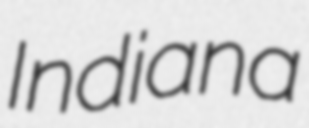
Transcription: Indiana